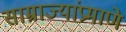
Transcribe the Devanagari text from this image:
साम्राज्यांप्रमाणे